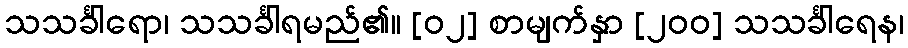
သသင်္ခါရော၊ သသင်္ခါရမည်၏။ [၀၂] စာမျက်နှာ [၂၀၀] သသင်္ခါရေန၊